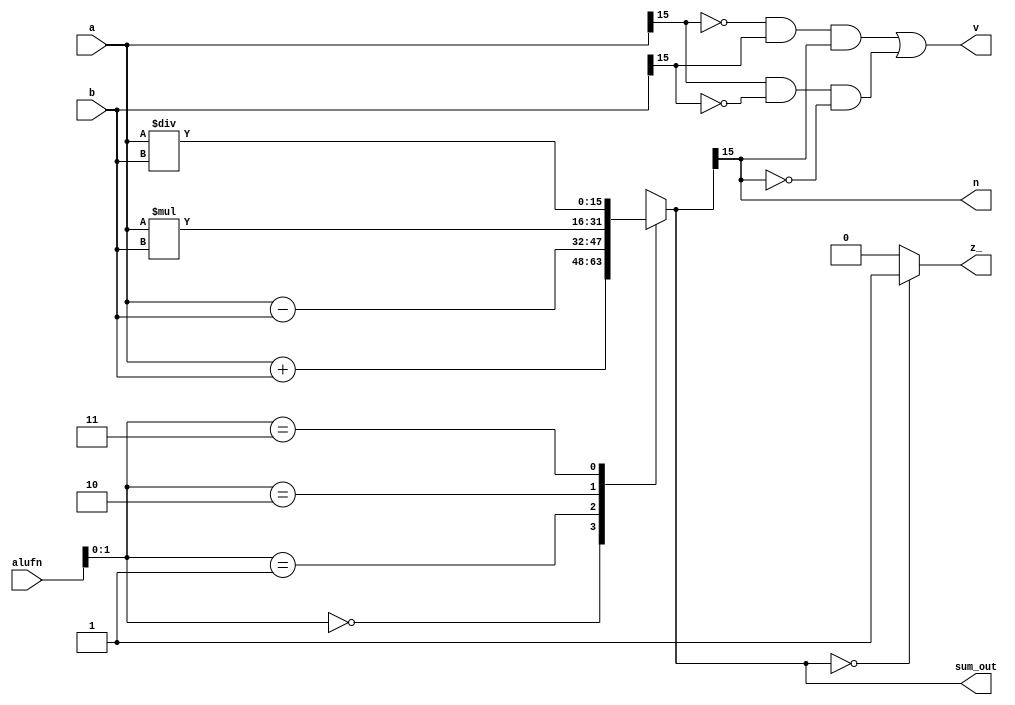
/*
   This file was generated automatically by the Mojo IDE version B1.3.6.
   Do not edit this file directly. Instead edit the original Lucid source.
   This is a temporary file and any changes made to it will be destroyed.
*/

module adder_26 (
    input [3:0] alufn,
    input [15:0] a,
    input [15:0] b,
    output reg [15:0] sum_out,
    output reg z_,
    output reg v,
    output reg n
  );
  
  
  
  reg [15:0] sum;
  
  always @* begin
    
    case (alufn[0+1-:2])
      2'h0: begin
        sum = $signed(a) + $signed(b);
      end
      2'h1: begin
        sum = $signed(a) - $signed(b);
      end
      2'h2: begin
        sum = $signed(a) * $signed(b);
      end
      2'h3: begin
        sum = $signed(a) / $signed(b);
      end
      default: begin
        sum = 14'h270f;
      end
    endcase
    sum_out = sum[0+15-:16];
    if (sum == 2'h0) begin
      z_ = 1'h1;
    end else begin
      z_ = 1'h0;
    end
    v = (~a[15+0-:1] & b[15+0-:1] & (sum[15+0-:1])) | ((a[15+0-:1]) & (~b[15+0-:1]) & ~(sum[15+0-:1]));
    n = sum[15+0-:1];
  end
endmodule